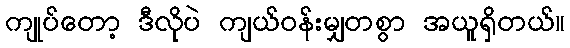
ကျုပ်တော့ ဒီလိုပဲ ကျယ်ဝန်းမျှတစွာ အယူရှိတယ်။